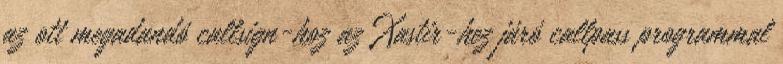
az ott megadandó callsign-hoz az Xastir-hez járó callpass programmal